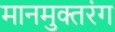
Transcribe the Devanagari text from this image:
मानमुक्तरंग